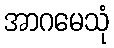
အာဂမေသုံ